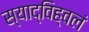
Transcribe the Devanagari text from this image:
स्याद्विह्वलं